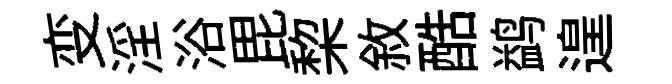
变淫浴毘棃敘酷鹢遑